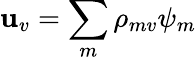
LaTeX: \mathbf{u}_{v}=\sum_{m}\rho_{mv}\psi_{m}